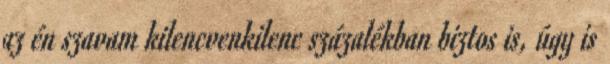
az én szavam kilencvenkilenc százalékban biztos is, úgy is